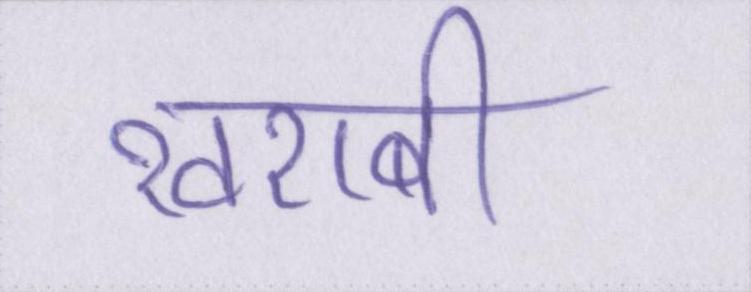
खराबी